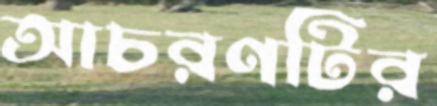
আচরণটির